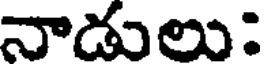
నాడులు: